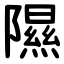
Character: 隰